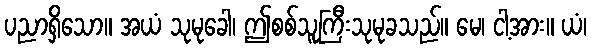
ပညာရှိသော။ အယံ သုမုခေါ၊ ဤစစ်သူကြီးသုမုခသည်။ မေ၊ ငါ့အား။ ယံ၊